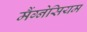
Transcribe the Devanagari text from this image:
मैंग्नेसियम